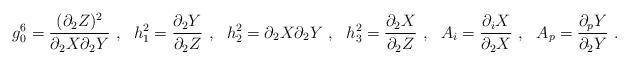
LaTeX: \begin{align*}g_0^6 = \frac{(\partial_2Z)^2}{\partial_2X\partial_2Y} ~,~~ h_1^2 = \frac{\partial_2Y}{\partial_2Z} ~,~~ h_2^2 = \partial_2X\partial_2Y ~,~~ h_3^2 = \frac{\partial_2X}{\partial_2Z} ~,~~ A_i = \frac{\partial_iX}{\partial_2X} ~,~~ A_p = \frac{\partial_pY}{\partial_2Y} ~.\end{align*}